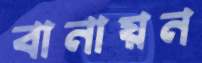
বানায়ন